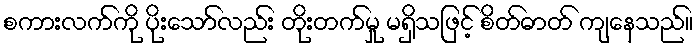
စကားလက်ကို ပိုးသော်လည်း တိုးတက်မှု မရှိသဖြင့် စိတ်ဓာတ် ကျနေသည်။